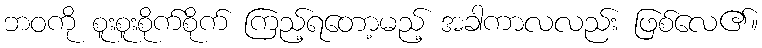
ဘဝကို စူးစူးစိုက်စိုက် ကြည့်ရတော့မည့် အခါကာလလည်း ဖြစ်လေ၏။